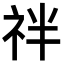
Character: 𥘽